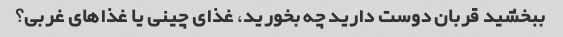
ببخشید قربان دوست دارید چه بخورید، غذای چینی یا غذاهای غربی؟